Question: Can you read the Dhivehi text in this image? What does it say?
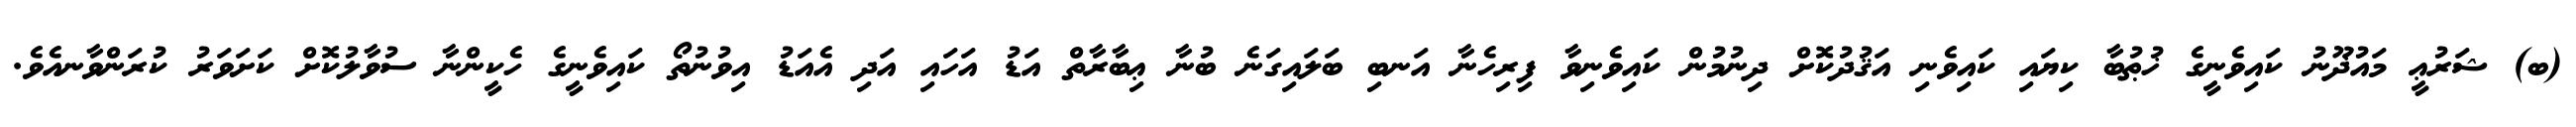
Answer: (ބ) ޝަރުޢީ މައުޛޫނު ކައިވެނީގެ ޚުޠުބާ ކިޔައި ކައިވެނި އަޤުދުކޮށް ދިނުމުން ކައިވެނިވާ ފިރިހެނާ އަނބި ބަލައިގަނެ ބުނާ ޢިބާރާތް އަޑު އަހައި އަދި އެއަޑު އިވުނުތޯ ކައިވެނީގެ ހެކީންނާ ސުވާލުކޮށް ކަށަވަރު ކުރަންވާނއެވެ.